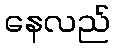
နေလည်